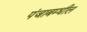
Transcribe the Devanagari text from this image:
पंजाबम्धील